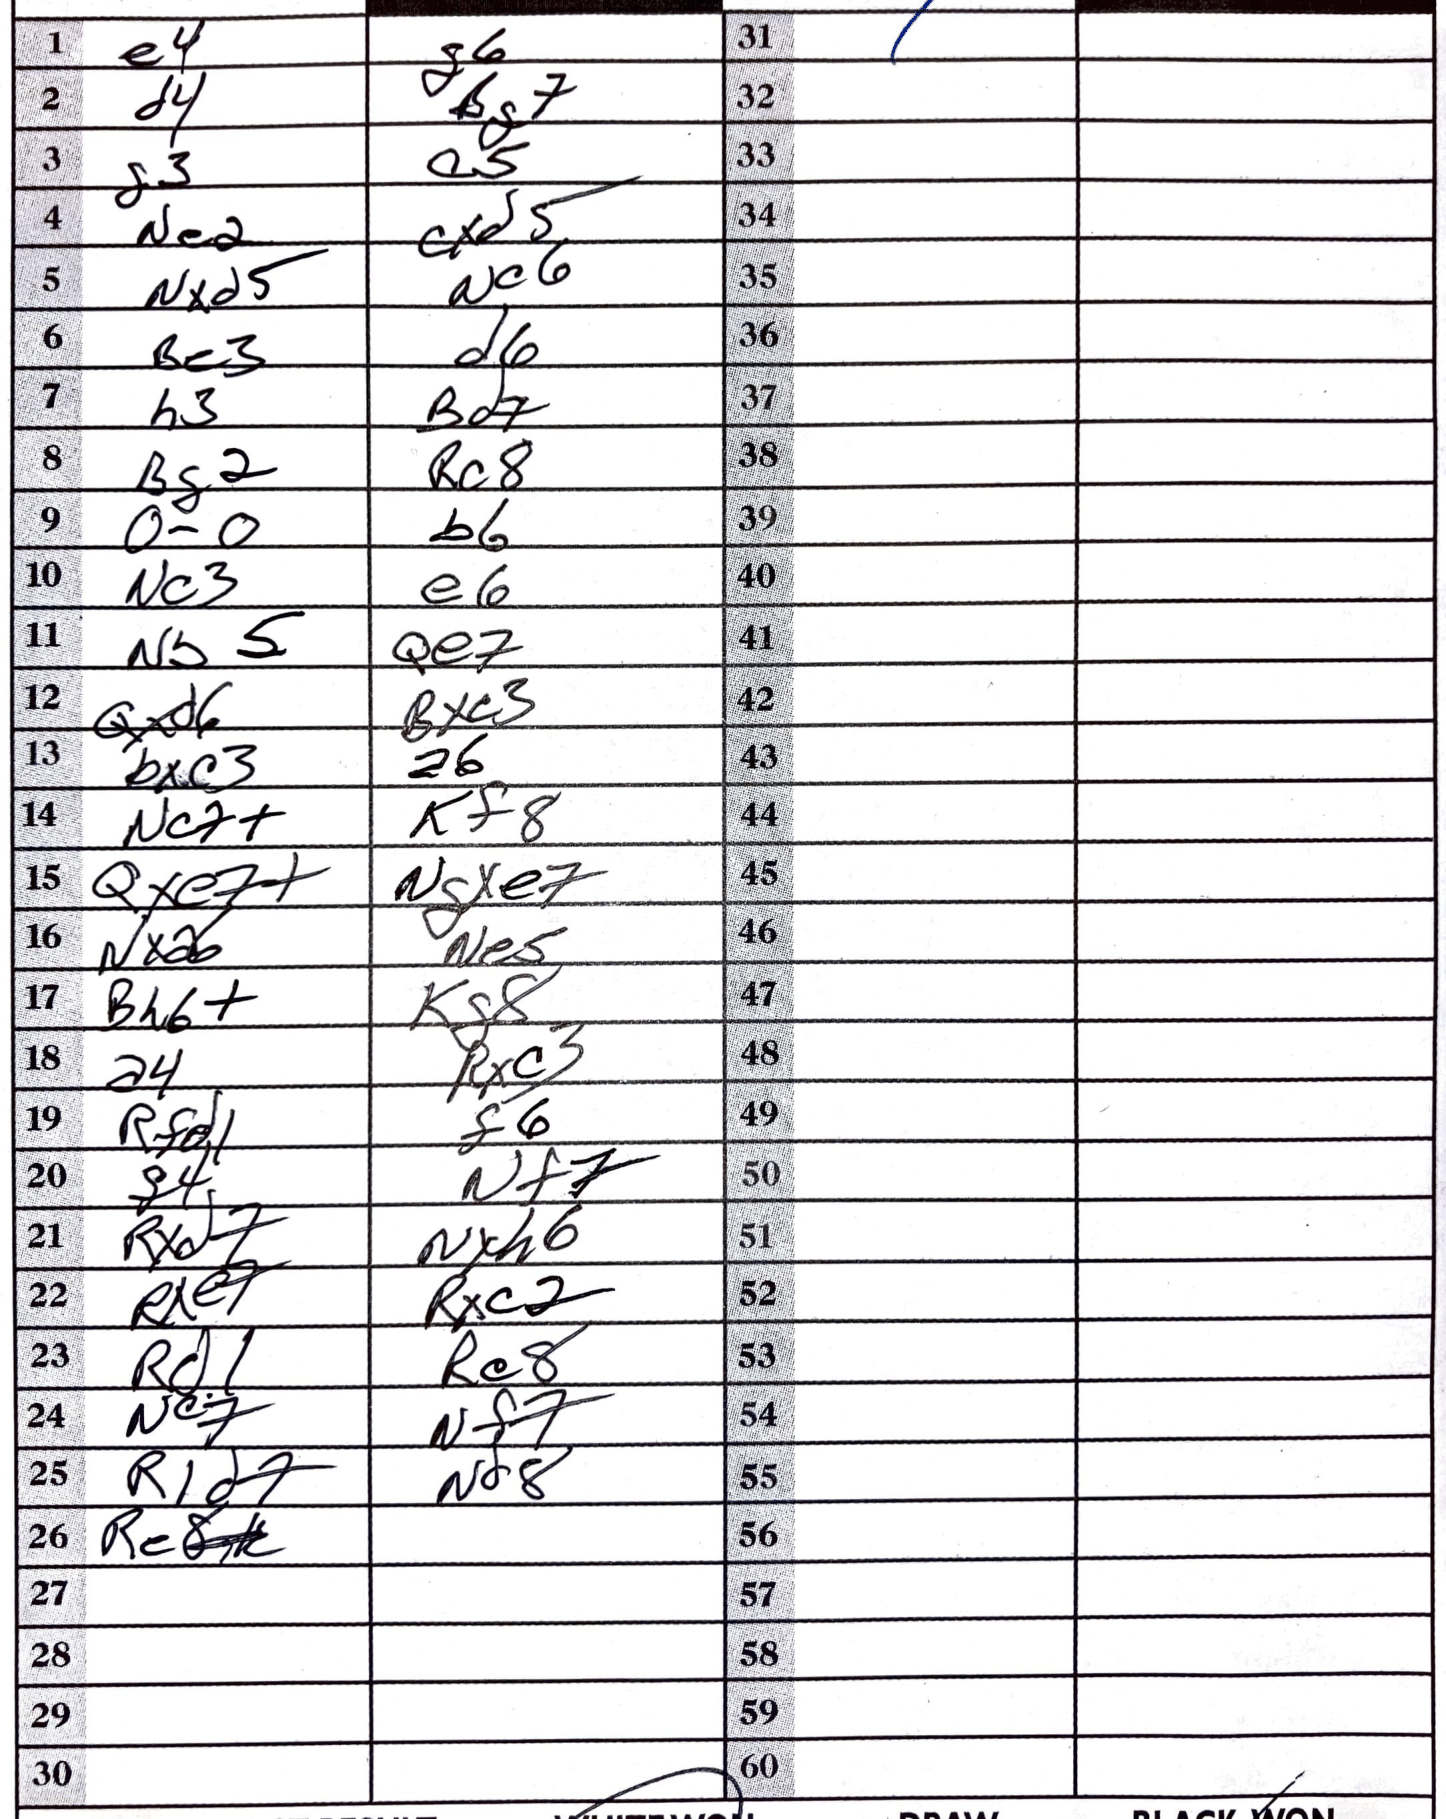
Moves: e4 g6 d4 Bg7 g3 a5 Ne2 cxd5 Nxd5 Nc6 Be3 d6 h3 Bd7 Bg2 Rc8 O-O b6 Nc3 e6 Nb5 Qe7 Qxd6 Bxc3 bxc3 a6 Nc7+ Kf8 Qxe7+ Ngxe7 Nxa6 Ne5 Bh6+ Kg8 a4 Rxc3 Rfd1 f6 f4 Nf7 Rxd7 Nxh6 Rxe7 Rxc2 Rd1 Re8 Nc7 Nf7 R1d7 Nd8 Re8